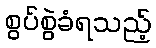
စွပ်စွဲခံရသည့်